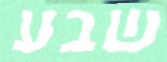
שבע